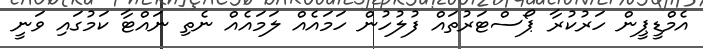
އެމްޑީޕީން ހަރުކުރާ ޕޯސްޓަރުތައް ފުލުހުން ހަމައެއް ލަމައެއް ނެތި ނައްޓާ ކަމުގައި ވަނީ